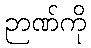
ဉာဏ်ကို